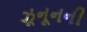
ઝૂનૂનની